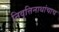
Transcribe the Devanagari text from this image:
निवृत्तिनाथांचाच